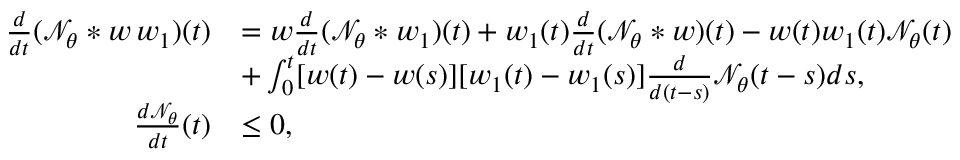
\begin{array} { r l } { \frac { d } { d t } ( \mathcal { N } _ { \theta } * w \, w _ { 1 } ) ( t ) } & { = w \frac { d } { d t } ( \mathcal { N } _ { \theta } * w _ { 1 } ) ( t ) + w _ { 1 } ( t ) \frac { d } { d t } ( \mathcal { N } _ { \theta } * w ) ( t ) - w ( t ) w _ { 1 } ( t ) \mathcal { N } _ { \theta } ( t ) } \\ & { + \int _ { 0 } ^ { t } [ w ( t ) - w ( s ) ] [ w _ { 1 } ( t ) - w _ { 1 } ( s ) ] \frac { d } { d ( t - s ) } \mathcal { N } _ { \theta } ( t - s ) d s , } \\ { \frac { d \mathcal { N } _ { \theta } } { d t } ( t ) } & { \leq 0 , } \end{array}